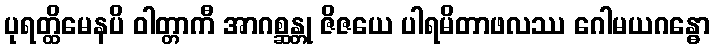
ပုရတ္ထိမေနပိ ဝါတ္တာကီ အာဂစ္ဆန္တု ဇိဇယေ ပါရမိတာဖလဿ ဂေါမယဂန္ဓော